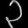
Digit: ၃